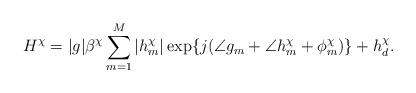
LaTeX: \begin{align*} H^\chi = |g|\beta^\chi \sum_{m=1}^M |h^\chi_m| \exp\{ j(\angle{g_m}+\angle{h^\chi_m+\phi^\chi_m}) \}+ h^\chi_d.\end{align*}